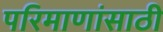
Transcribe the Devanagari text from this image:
परिमाणांसाठी